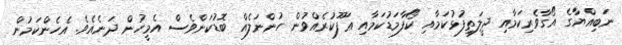
ނަބިއްޔާގެ އޯގާވެރިކަމާއި ދީލަތިފުޅުކަމާއި ކޯފާމަޑުކަމާއި ޢަފޫކުރެއްވުން ހުންނަލެއް ބޮޑުކަންވެސް އެމީހުން ދަނެއެވެ. އެހެންކަމުން